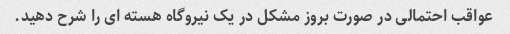
عواقب احتمالی در صورت بروز مشکل در یک نیروگاه هسته ای را شرح دهید.